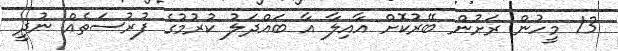
13 މީހުން ރަށުން ބޭރުކޮށް އާއިލާ އާ ބައްދަލު ކުރުމުގެ ފުރުސަތެއް ނުދީ